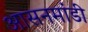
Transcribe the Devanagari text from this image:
आसनमांडी